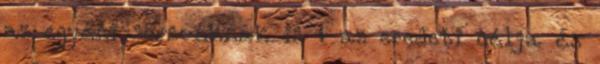
az egyéni sorsunknak is � az eredeti célja és